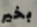
بخير